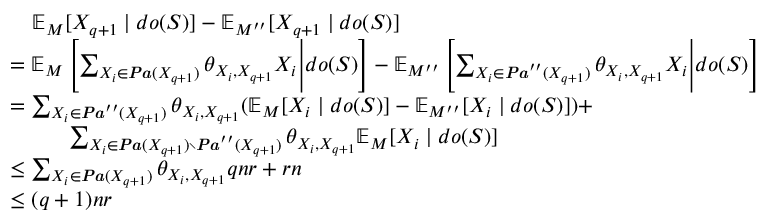
\begin{array} { r l } & { \ \ \ \mathbb { E } _ { M } [ X _ { q + 1 } \mid d o ( S ) ] - \mathbb { E } _ { M ^ { \prime \prime } } [ X _ { q + 1 } \mid d o ( S ) ] } \\ & { = \mathbb { E } _ { M } \left[ \sum _ { X _ { i } \in \boldsymbol { \it P a } ( X _ { q + 1 } ) } \theta _ { X _ { i } , X _ { q + 1 } } X _ { i } \Bigg | d o ( S ) \right] - \mathbb { E } _ { M ^ { \prime \prime } } \left[ \sum _ { X _ { i } \in \boldsymbol { \it P a } ^ { \prime \prime } ( X _ { q + 1 } ) } \theta _ { X _ { i } , X _ { q + 1 } } X _ { i } \Bigg | d o ( S ) \right] } \\ & { = \sum _ { X _ { i } \in \boldsymbol { \it P a } ^ { \prime \prime } ( X _ { q + 1 } ) } \theta _ { X _ { i } , X _ { q + 1 } } ( \mathbb { E } _ { M } [ X _ { i } \mid d o ( S ) ] - \mathbb { E } _ { M ^ { \prime \prime } } [ X _ { i } \mid d o ( S ) ] ) + } \\ & { \ \ \ \ \ \ \ \ \sum _ { X _ { i } \in \boldsymbol { \it P a } ( X _ { q + 1 } ) \setminus \boldsymbol { \it P a } ^ { \prime \prime } ( X _ { q + 1 } ) } \theta _ { X _ { i } , X _ { q + 1 } } \mathbb { E } _ { M } [ X _ { i } \mid d o ( S ) ] } \\ & { \le \sum _ { X _ { i } \in \boldsymbol { \it P a } ( X _ { q + 1 } ) } \theta _ { X _ { i } , X _ { q + 1 } } q n r + r n } \\ & { \le ( q + 1 ) n r } \end{array}